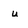
Character: u